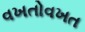
વખતોવખત